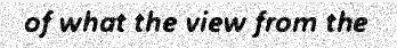
of what the view from the